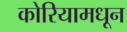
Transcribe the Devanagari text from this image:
कोरियामधून